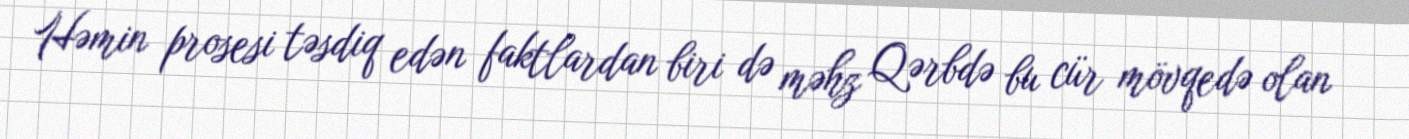
Həmin prosesi təsdiq edən faktlardan biri də məhz Qərbdə bu cür mövqedə olan